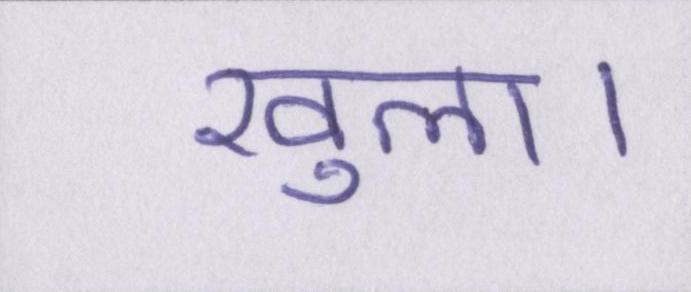
खुला।